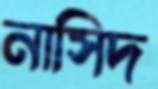
নাসিদ